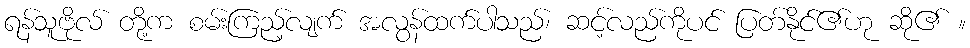
ရန်သူဗိုလ် တို့က စမ်းကြည့်လျက် အလွန်ထက်ပါသည်၊ ဆင့်လည်ကိုပင် ပြတ်နိုင်၏ဟု ဆို၏ ။